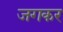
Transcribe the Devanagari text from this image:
जगकर